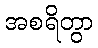
အစရိတွာ